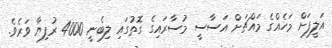
އަލީފަށް މަހެއްގެ މައްޗަށް އަސާސީ މުސާރައިގެ ގޮތުގައި ލިބެނީ 4000 ރުފިޔާ ވަރެވެ.